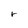
Character: r